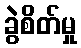
ခွဲစိတ်မှု